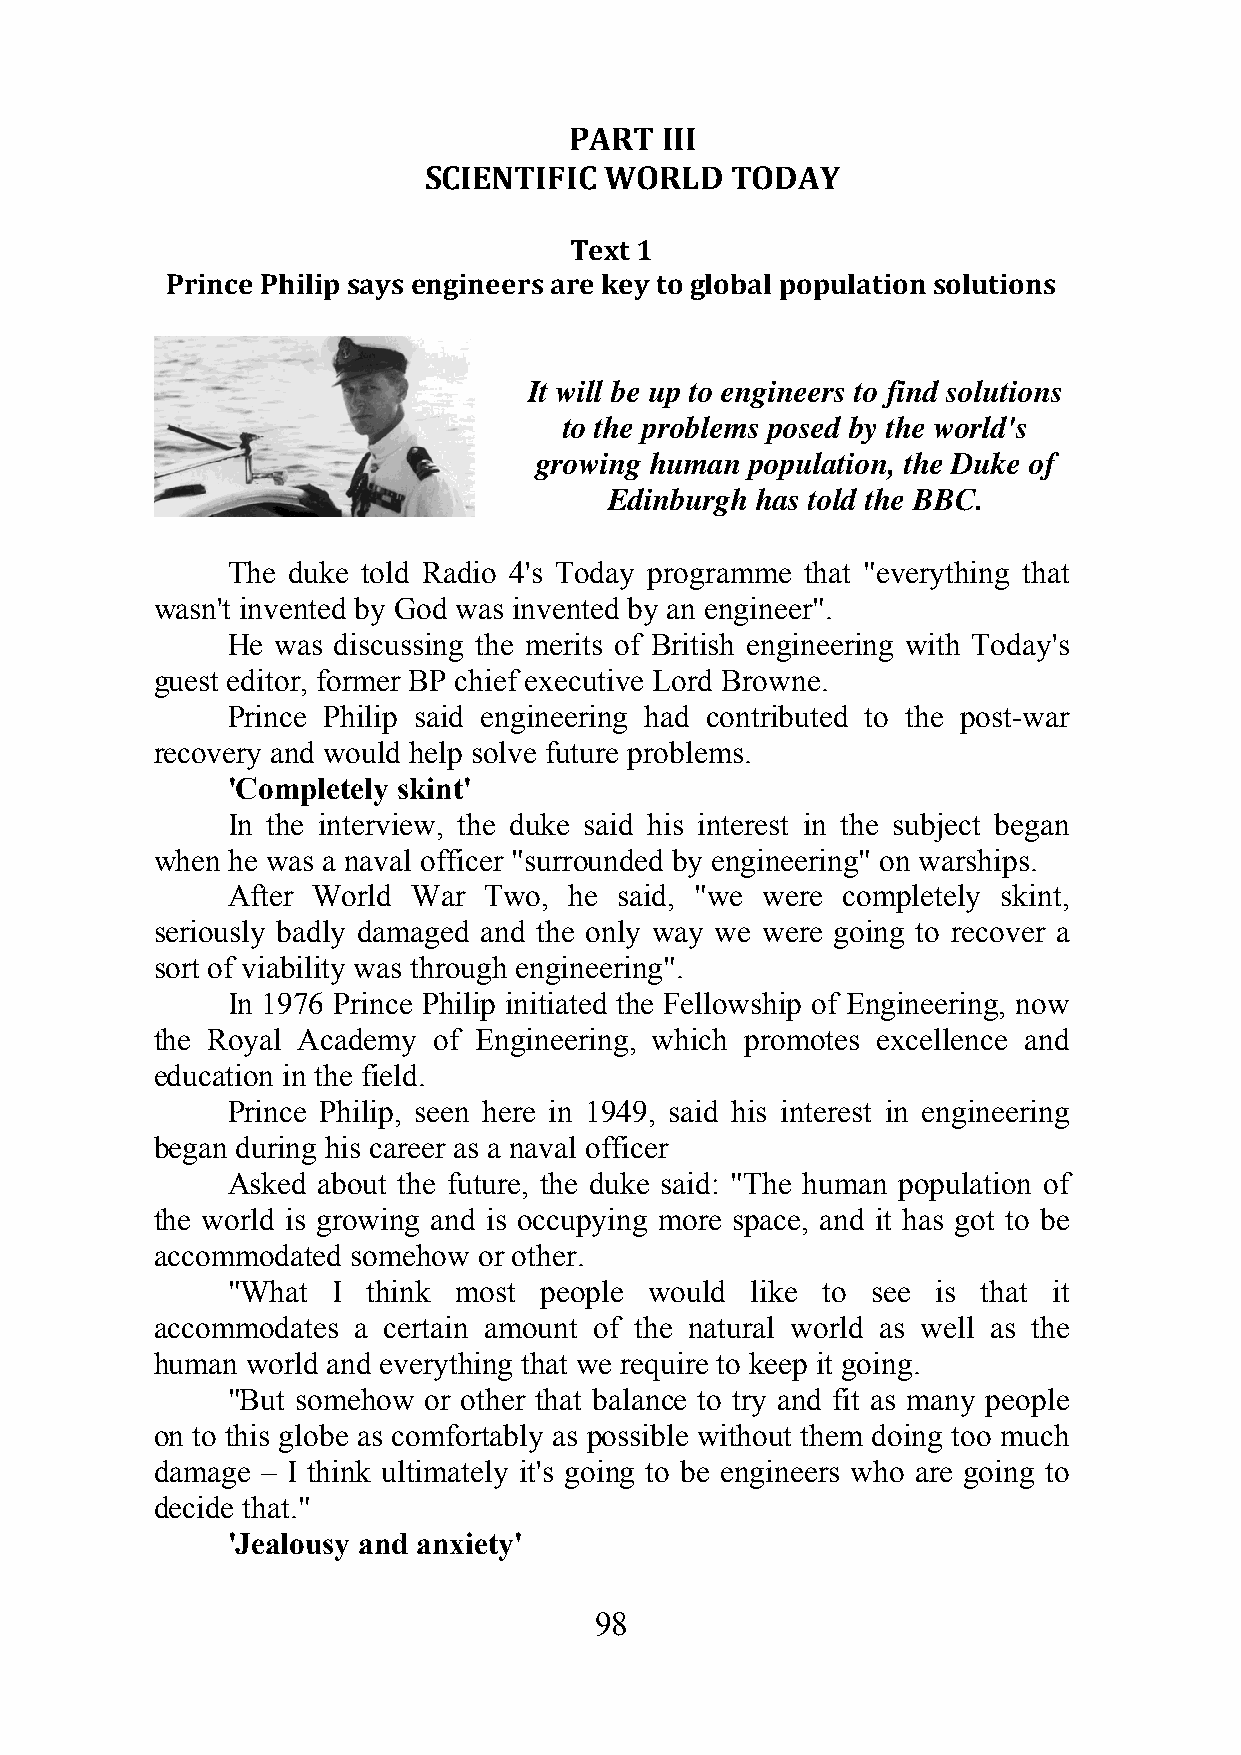
PART  III
 SCIENTIFIC  WORLD   TODAY
 Text 1
 Prince Philip says engineers are key to global population solutions
 It will be up to engineers to find solutions
 to the problems posed by the world's
 growing human  population, the Duke of
 Edinburgh has told the BBC.
 The duke told Radio 4's Today programme that "everything that
 wasn't invented by God was invented by an engineer".
 He was discussing the merits of British engineering with Today's
 guest editor, former BP chief executive Lord Browne.
 Prince Philip said engineering had contributed to the post-war
 recovery and would help solve future problems.
 'Completely skint'
 In the interview, the duke said his interest in the subject began
 when he was a naval officer "surrounded by engineering" on warships.
 After World War  Two,  he said, "we were completely skint,
 seriously badly damaged and the only way we were going to recover a
 sort of viability was through engineering".
 In 1976 Prince Philip initiated the Fellowship of Engineering, now
 the Royal Academy  of Engineering, which promotes excellence and
 education in the field.
 Prince Philip, seen here in 1949, said his interest in engineering
 began during his career as a naval officer
 Asked about the future, the duke said: "The human population of
 the world is growing and is occupying more space, and it has got to be
 accommodated somehow  or other.
 "What  I think most  people would  like to see is that it
 accommodates a certain amount of the natural world as well as the
 human world and everything that we require to keep it going.
 "But somehow or other that balance to try and fit as many people
 on to this globe as comfortably as possible without them doing too much
 damage – I think ultimately it's going to be engineers who are going to
 decide that."
 'Jealousy and anxiety'
 98